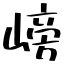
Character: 嵭